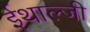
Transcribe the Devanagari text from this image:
ईथाल्जी